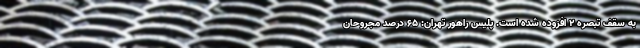
به سقف تبصره ۲ افزوده شده است. پلیس راهور تهران: ۶۵ درصد مجروحان